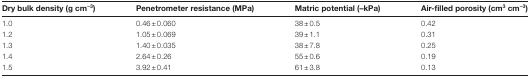
| Dry bulk density (g cm−3) | Penetrometer resistance (MPa) | Matric potential (–kPa) | Air-filled porosity (cm3 cm−3) |
 | --- | --- | --- | --- |
 | 1.0 | 0.46±0.060 | 38±0.5 | 0.42 |
 | 1.2 | 1.05±0.069 | 39±1.1 | 0.31 |
 | 1.3 | 1.40±0.035 | 38±7.8 | 0.25 |
 | 1.4 | 2.64±0.26 | 55±0.6 | 0.19 |
 | 1.5 | 3.92±0.41 | 61±3.8 | 0.13 |